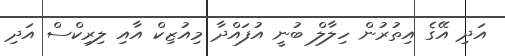
އަދި އޭގެ އިތުރުން ހިލާލް ބުނީ އުފައްދާ މިއުޒިކް އާއި ލިރިކްސް އަދި